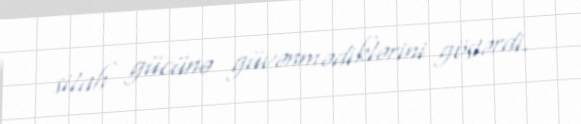
silah gücünə güvənmədiklərini göstərdi.